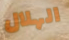
الهلال